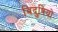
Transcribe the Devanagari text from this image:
विदुषियो